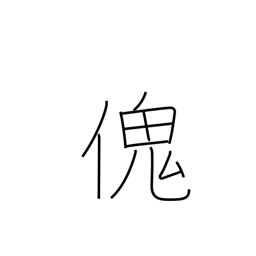
Meaning: large